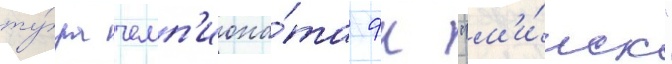
ту́ра чемп'иона́та фк "м'и́нск"